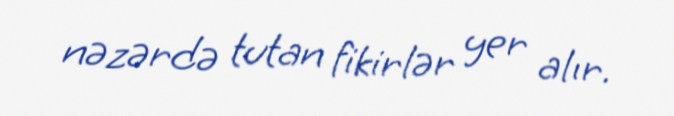
nəzərdə tutan fikirlər yer alır.